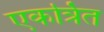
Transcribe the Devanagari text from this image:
एकर्त्रित